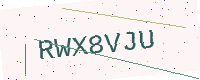
Text: RWX8VJU